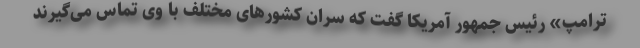
ترامپ» رئیس جمهور آمریکا گفت که سران کشورهای مختلف با وی تماس می‌گیرند